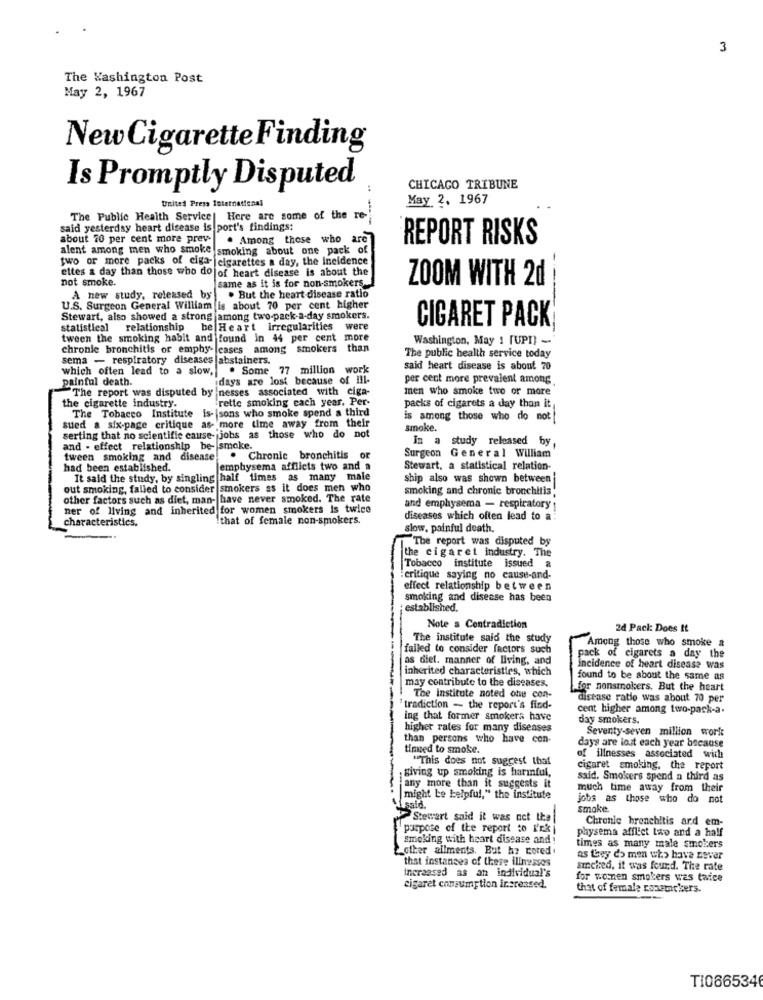
3
The Washington Post
May 2, 1967
New Cigarette Finding
Is Promptly Disputed
CHICAGO TRIBUNE
United Press International
May 2, 1967
The Public Health Service| Here are some of the re-
said yesterday heart disease is port's findings;
about 70 per cent more prev
. Among those who are
REPORT RISKS
alent among men who smoke
smoking about one pack of
two or more packs of ciga- cigarettes a day, the incidence
ettes a day than those who do of heart disease is about the
not smoke.
same as it is for non-smokers.
ZOOM WITH 2d
---
A new study, released by . But the heart disease ratio
U.S. Surgeon General William is about 70 per cent higher
Stewart, also showed a strong jamong two-pack-a-day smokers.
CIGARET PACK
statistical relationship be Heart irregularities were
tween the smoking habit and found in 44 per cent
more
Washington, May ! [UP!) -
chronie bronchitis of emphy-cases among smokers than
sema - respiratory diseases abstainers.
The public health service today
which often lead to a slow,
. Some 77 million work
said heart disease is about 70
painful death.
days are lost because of ill-
per cent more prevalent among
The report was disputed by nesses associated with ciga-
men who smoke two or more
the cigarette industry.
rette smoking cach year. Per-
-sons who smoke spend a third
packs of cigarets a day than it
sued a six-page critique as- more time away from their
The Tobacco Institute
is among those who do not !
smoke.
serting that no scientific cause- jobs as those who do not
In a study released by
and - effect relationship be- smoke.
tween smoking and disease
. Chronic bronchitis
or
Surgeon General William
had been established.
em
ysema afflicts two and a
Stewart, a statistical relation-
It said the study, by singling half times as many
ship also was shown between
out smoking, failed to consider smokers as it does men who
smoking and chronic bronchitis
other factors such as diet, man- have never smoked. The rate
ner of living and inherited for women smokers is twice
and emphysema - respiratory :
characteristics.
!that of female non-smokers.
diseases which often lead to a
slow, painful death,
The report was disputed by
the cigaret industry. The
Tobacco institute issued a
critique saying no cause-and-
effect relationship between
smoking and disease has been
established.
Note a Contradiction
2d Pack: Does It
The institute said the study
Among those who smoke a
failed to consider factors such
as diet. manner of living, and
pack of cigarets a day the
inherited characteristics, which
incidence of heart disease was
may contribute to the diseases.
found to be about the same as
for nonsmokers. But the heart
The institute noted one con-
disease ratio was about 70 per
tradiction - the report's find-
cent higher among two-pack-a.
ing that former smokers have
day smokers.
higher rates for many diseases
Seventy seven million work
than persons who have con-
days are lost each year because
timed to smoke.
""This does not suggest that
of illnesses associated with
giving up smoking is harmful,
cigaret smoking. the report
said. Smokers spend a third as
any more than it suggests it
much time away from their
might be helpful," the institute
jobs as those who do not
Lsaid.
smoke.
Stewart said it was not the
Chronic bronchitis ard em-
purpose of the report to i'rk
physema afflict two and a half
Smoking with heart disease and!
other ailments. But he tored .
times as many male smokers
that instances of these illnesses
as they do men who have never
increased as an individual's
siched, it was found. The rate
for women smokers was twice
cigaret consumption increased.
that of female rosemelsers.
TI0665346